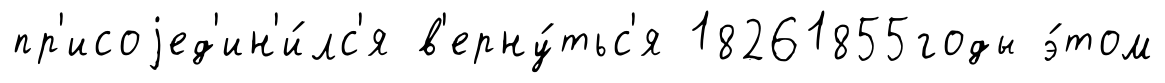
пр'исоjед'ин'и́лс'я в'ерну́тьс'я 18261855годы э́том